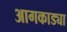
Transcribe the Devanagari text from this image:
आगकाड्या